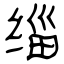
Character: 缁